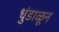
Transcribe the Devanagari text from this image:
धुंडाळून